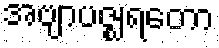
အဗျာပဇ္ဈရတော